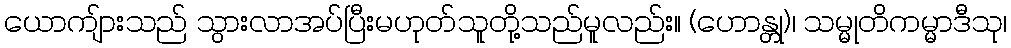
ယောကျ်ားသည် သွားလာအပ်ပြီးမဟုတ်သူတို့သည်မူလည်း။ (ဟောန္တု)၊ သမ္မုတိကမ္မာဒီသု၊